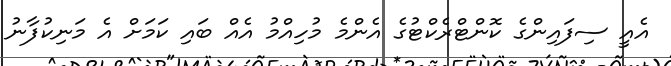
އެއީ ސިފައިންގެ ކޮންޓްރެކްޓުގެ އެންމެ މުހިއްމު އެއް ބައި ކަމަށް އެ މަނިކުފާނު